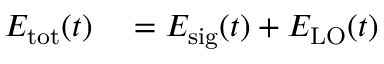
\begin{array} { r l } { E _ { \mathrm { { t o t } } } ( t ) } & { { } = E _ { \mathrm { { s i g } } } ( t ) + E _ { \mathrm { { L O } } } ( t ) } \end{array}